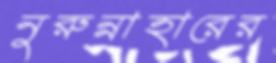
নুরুন্নাহারের